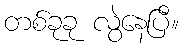
တစ်ခုခု လွဲနေပြီ။